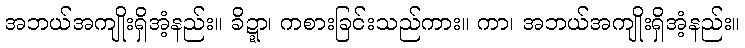
အဘယ်အကျိုးရှိအံ့နည်း။ ခိဍ္ဍာ၊ ကစားခြင်းသည်ကား။ ကာ၊ အဘယ်အကျိုးရှိအံ့နည်း။